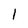
Character: 1